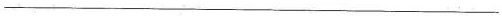
___